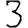
Digit: 3